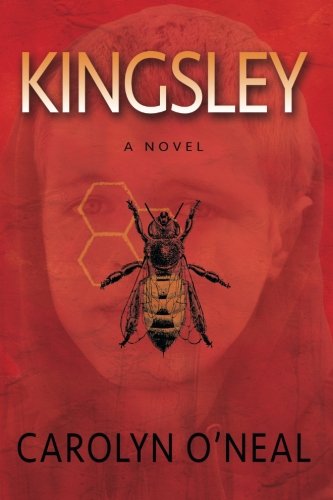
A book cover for Kingsley; Carolyn O'Neal; Science Fiction & Fantasy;